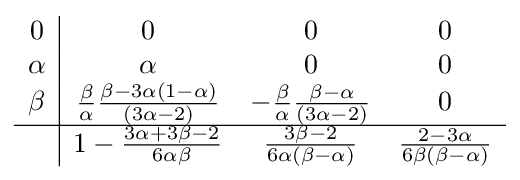
{\begin{array}{c|ccc}0&0&0&0\\\alpha &\alpha &0&0\\\beta &{\frac {\beta }{\alpha }}{\frac {\beta -3\alpha (1-\alpha )}{(3\alpha -2)}}&-{\frac {\beta }{\alpha }}{\frac {\beta -\alpha }{(3\alpha -2)}}&0\\\hline &1-{\frac {3\alpha +3\beta -2}{6\alpha \beta }}&{\frac {3\beta -2}{6\alpha (\beta -\alpha )}}&{\frac {2-3\alpha }{6\beta (\beta -\alpha )}}\\\end{array}}